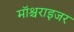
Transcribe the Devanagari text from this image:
मॉश्चराइजर